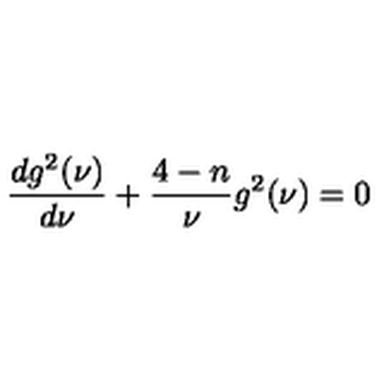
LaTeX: \frac { d g ^ { 2 } ( \nu ) } { d \nu } + \frac { 4 - n } { \nu } g ^ { 2 } ( \nu ) = 0